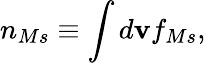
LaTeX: n_{Ms}\equiv\int d\mathbf{v}f_{Ms},